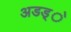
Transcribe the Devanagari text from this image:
अडड्े